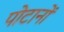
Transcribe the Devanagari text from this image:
पोटानों